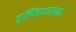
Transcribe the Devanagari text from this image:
जुल्फिखारखानने